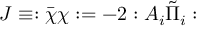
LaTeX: J \equiv : \bar { \chi } \chi : = - 2 : A _ { i } \tilde { \Pi } _ { i } :